Civil Veterinary Dept. Bombay admin report 1893-99 - 1893-1899
Year: 1893
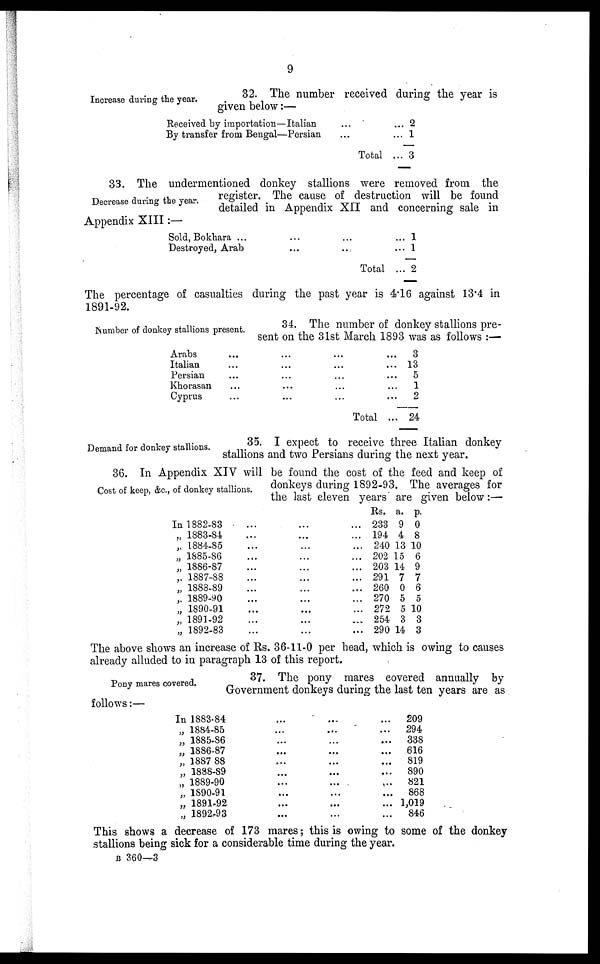
9
Increase during the year.
32. The number received during the year is
given below:—
Received by importation—Italian
... ...
By transfer from Bengal—Persian
... ...
Total ...
2
1
3
Decrease during the year.
33. The undermentioned donkey stallions were removed from the
register. The cause of destruction will be found
detailed in Appendix XII and concerning sale in
Appendix XIII:—
Sold, Bokhara ...
... ... ...
Destroyed, Arab
...
... ...
Total ...
1
1
2
The percentage of casualties during the past year is 4.16 against 13.4 in
1891-92.
Number of donkey stallions present.
34. The number of donkey stallions pre-
sent on the 31st March 1893 was as follows:—
Arabs
...
...
...
...
Italian
...
...
......
Persian
...
...
...
...
Khorasan
...
...
......
Cyprus
...
...
...
...
Total ...
3
13
5
1
2
24
Demand for donkey stallions.
35. I expect to receive three Italian donkey
stallions and two Persians during the next year.
Cost of keep, &c., of donkey stallions.
36. In Appendix XIV will be found the cost of the feed and keep of
donkeys during 1892-93. The averages for
the last eleven years are given below:—
In 1882-83
...
...
...
„ 1883-84
...
...
...
„ 1884-85
...
......
„ 1885-86
...
... ...
„ 1886-87
...
...
...
„ 1887-88
...
...
...
„ 1888-89 ... ... ...
„ 1889-90
...
...
...
„ 1890-91
...
...
...
„ 1891-92
...
... ...
„ 1892-93
...
...
...
Rs.
233
194
240
202
203
291
260
270
272
254
290
a.
9
4
13
15
14
7
0
5
5
3
14
p.
0
8
10
6
9
7
6
5
10
3
3
The above shows an increase of Rs. 36-11-0 per head, which is owing to causes
already alluded to in paragraph 13 of this report.
Pony mares covered.
37. The pony mares covered annually by
Government donkeys during the last ten years are as
follows:—
In 1883-84 ... ... ...
„ 1884-85 ... ... ...
„ 1885-86 ... ... ...
„ 1886-87 ... ... ...
„ 1887-88 ... ... ...
„ 1888-89 ... ... ...
„ 1889-90 ... ... ...
„ 1890-91 ... ... ...
„ 1891-92 ... ... ...
„ 1892-93 ... ... ...
209
294
338
616
819
890
821
868
1,019
846
This shows a decrease of 173 mares; this is owing to some of the donkey
stallions being sick for a considerable time during the year.
B 360—3